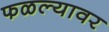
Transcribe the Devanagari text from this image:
फळल्यावर